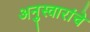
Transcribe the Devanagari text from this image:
अनुस्वारांचे